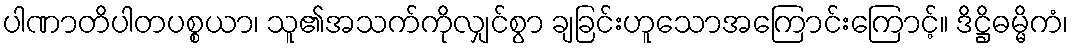
ပါဏာတိပါတပစ္စယာ၊ သူ၏အသက်ကိုလျှင်စွာ ချခြင်းဟူသောအကြောင်းကြောင့်။ ဒိဋ္ဌိဓမ္မိကံ၊